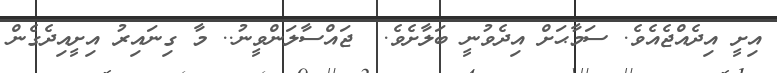
އިށީ އިދެއްޖެއެވެ. ސަމާޙަށް އިދެވުނީ ބަލާށެވެ.  ޖައްސާލަންވީނު.. މާ ގިނައިރު އިށީއިދެގެން